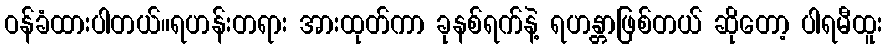
ဝန်ခံထားပါတယ်။ရဟန်းတရား အားထုတ်ကာ ခုနစ်ရက်နဲ့ ရဟန္တာဖြစ်တယ် ဆိုတော့ ပါရမီထူး